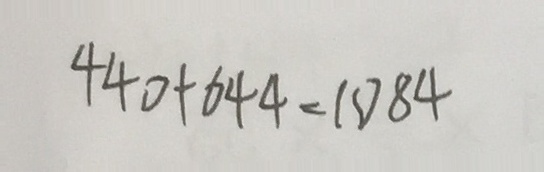
4 4 0 + 6 4 4 = 1 0 8 4